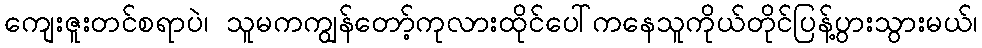
ကျေးဇူးတင်စရာပဲ၊ သူမကကျွန်တော့်ကုလားထိုင်ပေါ်ကနေသူကိုယ်တိုင်ပြန့်ပွားသွားမယ်၊